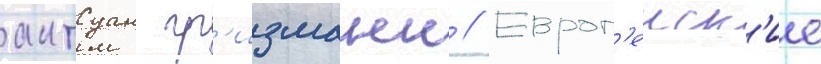
антуан гр'изманн // Европ'еиск'ие